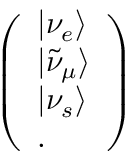
\left( \begin{array} { l } { { | \nu _ { e } \rangle } } \\ { { | \tilde { \nu } _ { \mu } \rangle } } \\ { { | \nu _ { s } \rangle } } \\ { { . } } \end{array} \right) ~ ~ ~